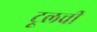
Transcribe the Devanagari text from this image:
टूलची